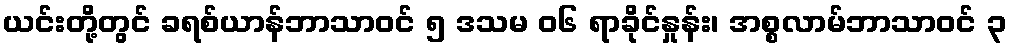
ယင်းတို့တွင် ခရစ်ယာန်ဘာသာဝင် ၅ ဒသမ ၀၆ ရာခိုင်နှုန်း၊ အစ္စလာမ်ဘာသာဝင် ၃